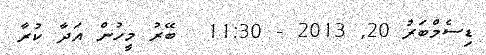
ޑިސެމްބަރު 20